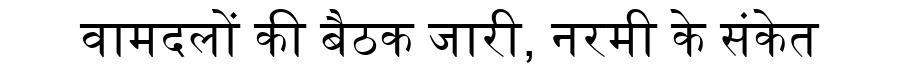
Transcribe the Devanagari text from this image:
वामदलों की बैठक जारी, नरमी के संकेत